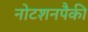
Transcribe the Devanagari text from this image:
नोटशनपैकी